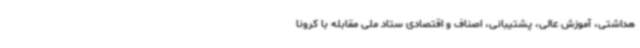
هداشتی، آموزش عالی، پشتیبانی، اصناف و اقتصادی ستاد ملی مقابله با کرونا